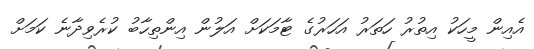
އެއިން މީހަކު އިތުރު ހަތަރު އަހަރުގެ ޓާމަކަށް އަލުން އިންތިހާބު ކުރެވިދާނެ ކަމަށް